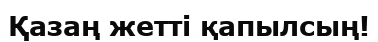
Қазаң жетті қапылсың!